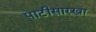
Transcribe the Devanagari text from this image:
पाटीसारखा